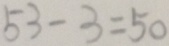
5 3 - 3 = 5 0